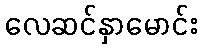
လေဆင်နှာမောင်း